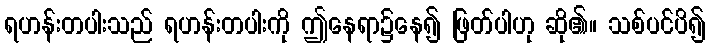
ရဟန်းတပါးသည် ရဟန်းတပါးကို ဤနေရာ၌နေ၍ ဖြတ်ပါဟု ဆို၏။ သစ်ပင်ပိ၍